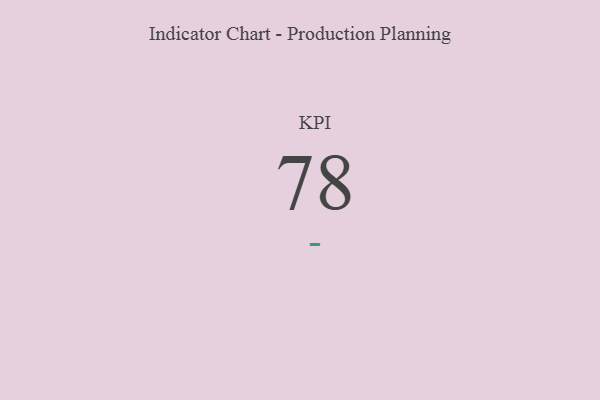
{"axis": {"x": "KPI", "y": "Value"}, "legend": [""], "data": [{"x": "KPI", "y": 78, "type": ""}]}